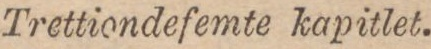
Trettiondefemte kapitlet.